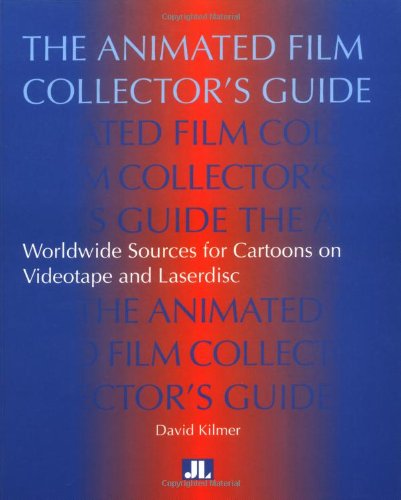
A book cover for The Animated Film Collectors Guide: Worldwide Sources for Cartoons on Videotape and Laserdisc; Humor & Entertainment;